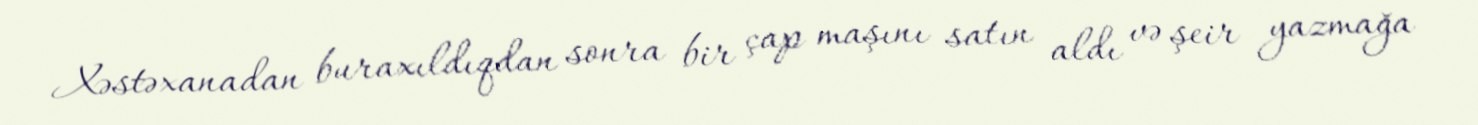
Xəstəxanadan buraxıldıqdan sonra bir çap maşını satın aldı və şeir yazmağa